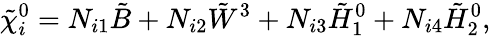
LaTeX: \tilde{\chi}_{i}^{0}=N_{i1}\tilde{B}+N_{i2}\tilde{W}^{3}+N_{i3}\tilde{H}_{1}^{0}+N_{i4}\tilde{H}_{2}^{0},